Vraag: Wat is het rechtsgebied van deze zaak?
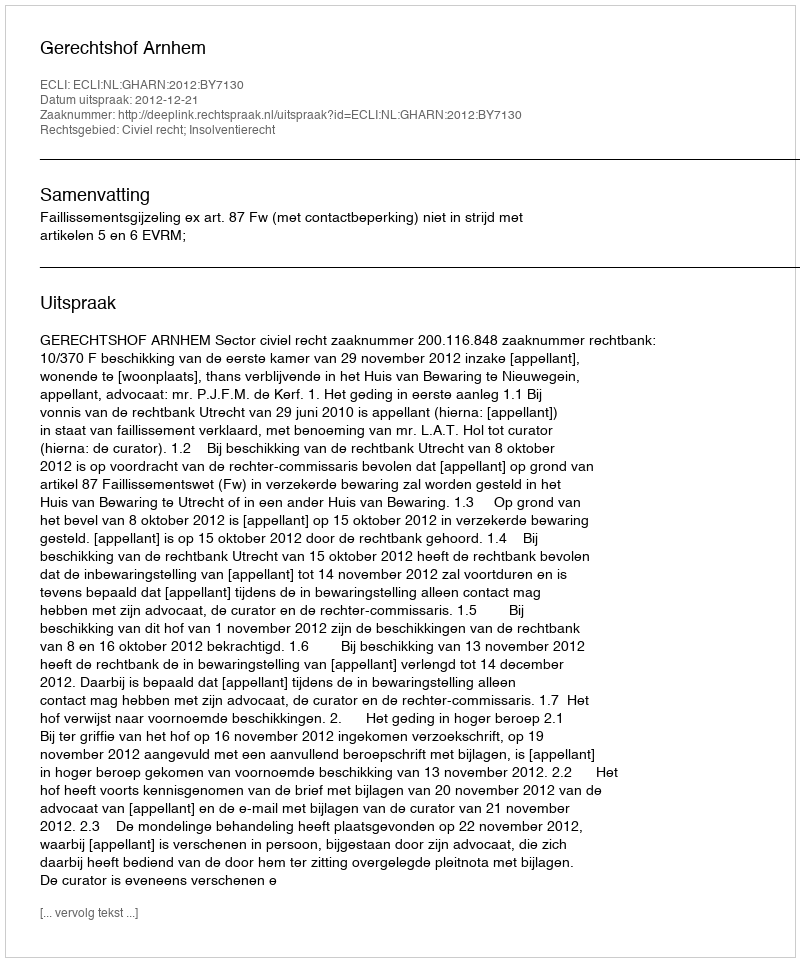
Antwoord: Civiel recht; Insolventierecht